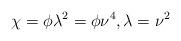
LaTeX: \begin{align*}\chi = \phi \lambda^2 = \phi \nu^4, \lambda = \nu^2\end{align*}